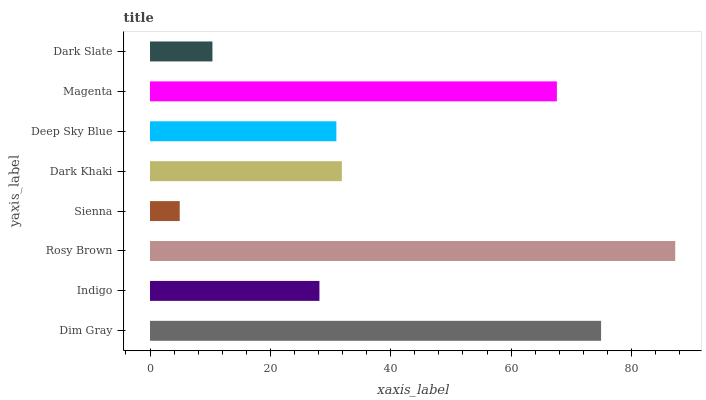
| yaxis_label | bars |
 | --- | --- |
 | Dim Gray | 74.9 |
 | Indigo | 28.1 |
 | Rosy Brown | 87.3 |
 | Sienna | 4.94 |
 | Dark Khaki | 31.9 |
 | Deep Sky Blue | 31 |
 | Magenta | 67.6 |
 | Dark Slate | 10.4 |